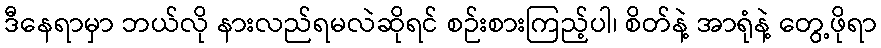
ဒီနေရာမှာ ဘယ်လို နားလည်ရမလဲဆိုရင် စဉ်းစားကြည့်ပါ၊ စိတ်နဲ့ အာရုံနဲ့ တွေ့ဖိုရာ